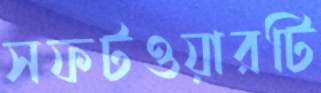
সফটওয়ারটি